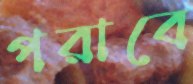
পরাবে